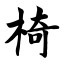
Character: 椅